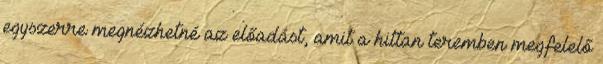
egyszerre megnézhetné az előadást, amit a hittan teremben megfelelő